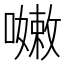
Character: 𡁛